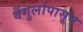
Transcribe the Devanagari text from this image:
वेंगुर्लापासून